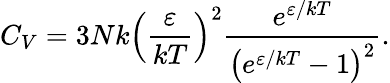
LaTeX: C_{V}=3Nk\left({\frac{\varepsilon}{kT}}\right)^{2}{\frac{e^{\varepsilon/kT}}{\left(e^{\varepsilon/kT}-1\right)^{2}}}.